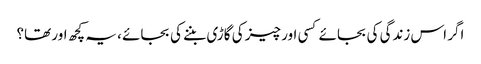
اگر اس زندگی کی بجائے کسی اور چیز کی گاڑی بننے کی بجائے ، یہ کچھ اور تھا؟